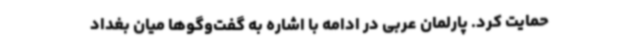
حمایت کرد. پارلمان عربی در ادامه با اشاره به گفت‌وگوها میان بغداد